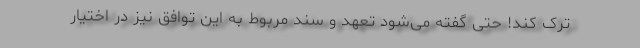
ترک کند! حتی گفته می‌شود تعهد و سند مربوط به این توافق نیز در اختیار